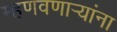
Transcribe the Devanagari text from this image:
म्हणवणार्‍यांना